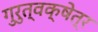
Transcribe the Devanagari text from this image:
गुरुत्वक्षेत्र